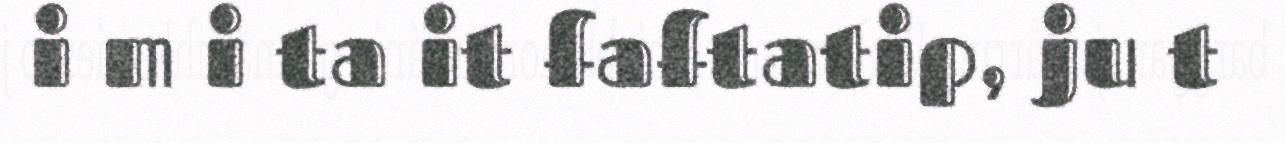
i m i ta it faftatip, ju t